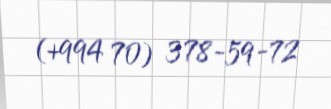
(+994 70) 378-59-72